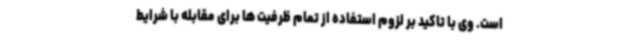
است. وی با تاکید بر لزوم استفاده از تمام ظرفیت ها برای مقابله با شرایط